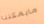
مايمكننا